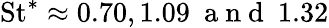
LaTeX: \mathrm{St}^{*}\approx 0.70,1.09~\mathrm{~a~n~d~}~1.32